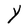
Character: Y